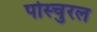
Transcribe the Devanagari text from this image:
पोस्चुरल